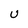
Character: U